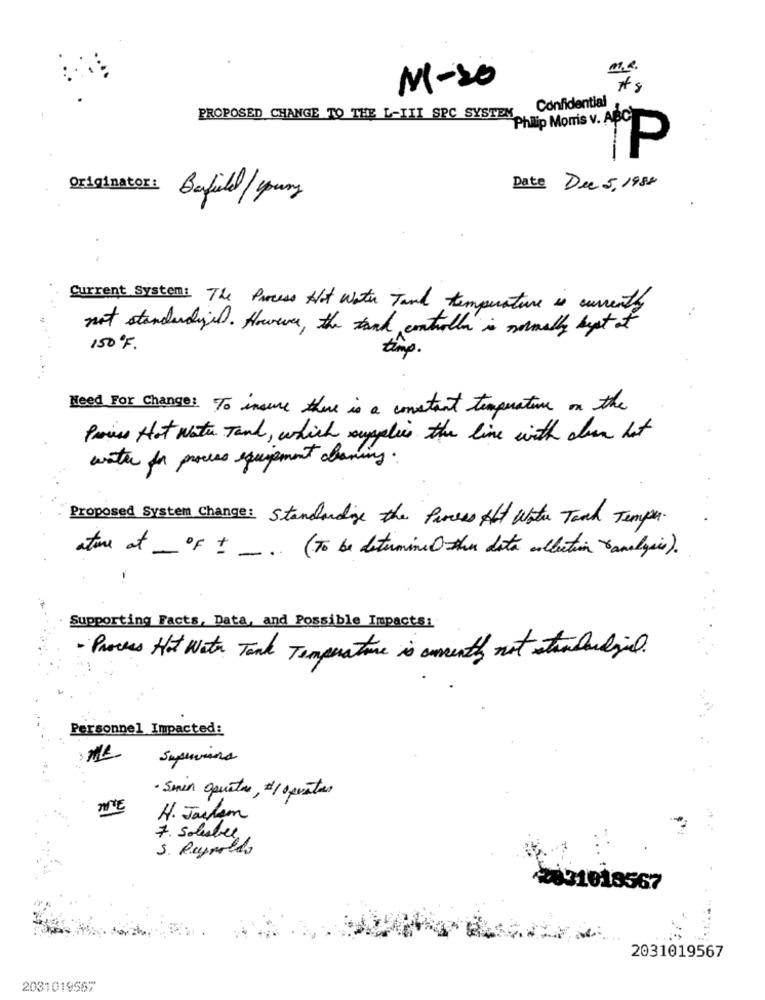
M.R.
M-20
* s
Confidential
PROPOSED CHANGE TO THE L-III SPC SYSTEM
Philip Morris v. ABC
P
-
Originator:
Date Dee 5, 1980
Befiled / young
Current System: The Process Hot water Tank temperature is currently
not standardized. However, the tank controlla is normally best of
150ºF.
Need For Change: To insure there is a constant temperature on the
Process Hot water Tank, which supplies the line with down hat
water for process equipment cleaning:
Proposed System change: Standardige the Process Aft Water Tank Temper.
ature at - of + _ ( To be determine the data collection ranalysis).
-
Supporting Facts, Data, and Possible Impacts:
· Process Hot water Tank Temperature is onenty not standardind.
Personnel Impacted:
Superions
- Smin quatre, #/ operates
NE
H. Jackem
7. Solbes
S. Reynolds
2031018567
2031019567
2031019567